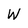
Character: W